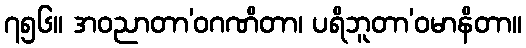
၇၅၆။ အဝညာတာ’ဝဂဏိတာ၊ ပရိဘူတာ’ဝမာနိတာ။